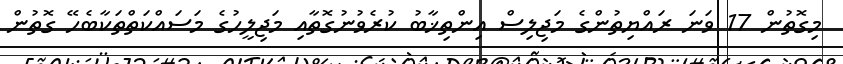
މިގޮތުން 17 ވަނަ ރައްޔިތުންގެ މަޖިލިސް އިންތިޚާބު ކުރެވުނުގޮތާއި މަޖިލީހުގެ މަސައްކަތްތަކާބެހޭ ގޮތުން